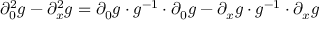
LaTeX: \partial _ { 0 } ^ { 2 } g - \partial _ { x } ^ { 2 } g = \partial _ { 0 } g \cdot g ^ { - 1 } \cdot \partial _ { 0 } g - \partial _ { x } g \cdot g ^ { - 1 } \cdot \partial _ { x } g